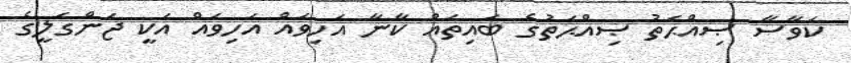
ކަވާސާ ޞިއްޙަތު ޞިއްޙަތުގެ ބައިތައް ކާނާ އަހިވައް އަހިވައް އަކީ ޖަންގަލީގެ